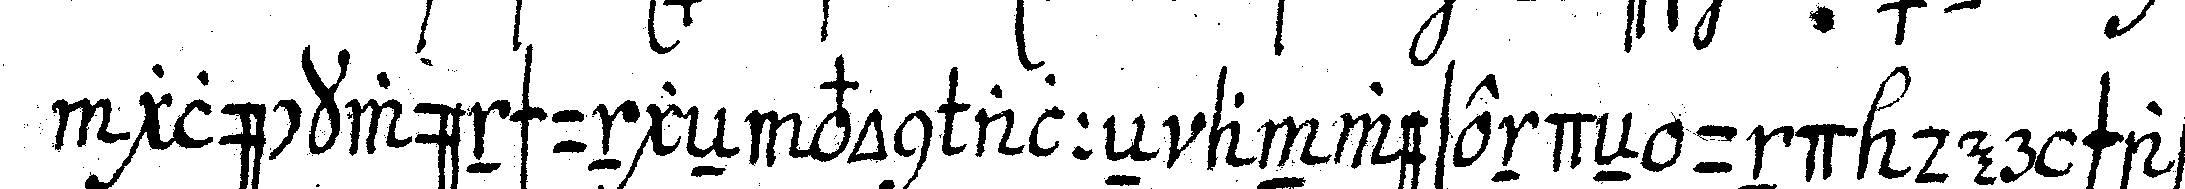
glückwünschungeN von alleN anwesendeN und der schaff